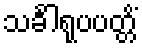
သင်္ခါရုပပတ္တိံ